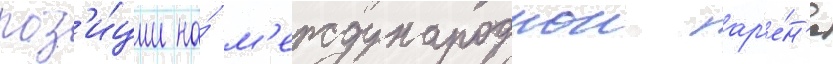
поз'и́ции на́ м'еждународнои ар'е́н'е